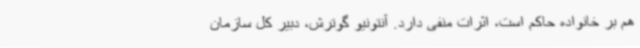
هم بر خانواده حاکم است، اثرات منفی دارد. آنتونیو گوترش، دبیر کل سازمان